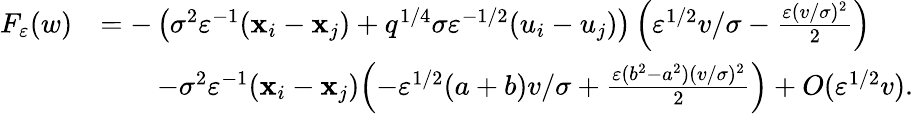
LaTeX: \begin{array}{rl}{F_{\varepsilon}(w)}&{=-\left(\sigma^{2}\varepsilon^{-1}(\mathbf{x}_{i}-\mathbf{x}_{j})+q^{1/4}\sigma\varepsilon^{-1/2}(u_{i}-u_{j})\right)\left(\varepsilon^{1/2}v/\sigma-\frac{\varepsilon(v/\sigma)^{2}}{2}\right)}\\ &{\qquad-\sigma^{2}\varepsilon^{-1}(\mathbf{x}_{i}-\mathbf{x}_{j})\Bigl(-\varepsilon^{1/2}(a+b)v/\sigma+\frac{\varepsilon(b^{2}-a^{2})(v/\sigma)^{2}}{2}\Bigr)+O(\varepsilon^{1/2}v).}\end{array}